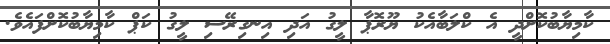
ކާމިޔާބުކޮށްދީ އެ ކްލަބާއެކު ޔޫރޮޕާ ލީގު އަދި އިނގިރޭސި ލީގު ކަޕް ކާމިޔާބުކޮށްފައެވެ.